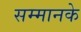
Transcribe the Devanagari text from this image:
सम्मानके